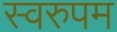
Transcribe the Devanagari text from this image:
स्वरुपम